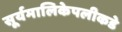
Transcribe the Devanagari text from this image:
सूर्यमालिकेपलीकडे